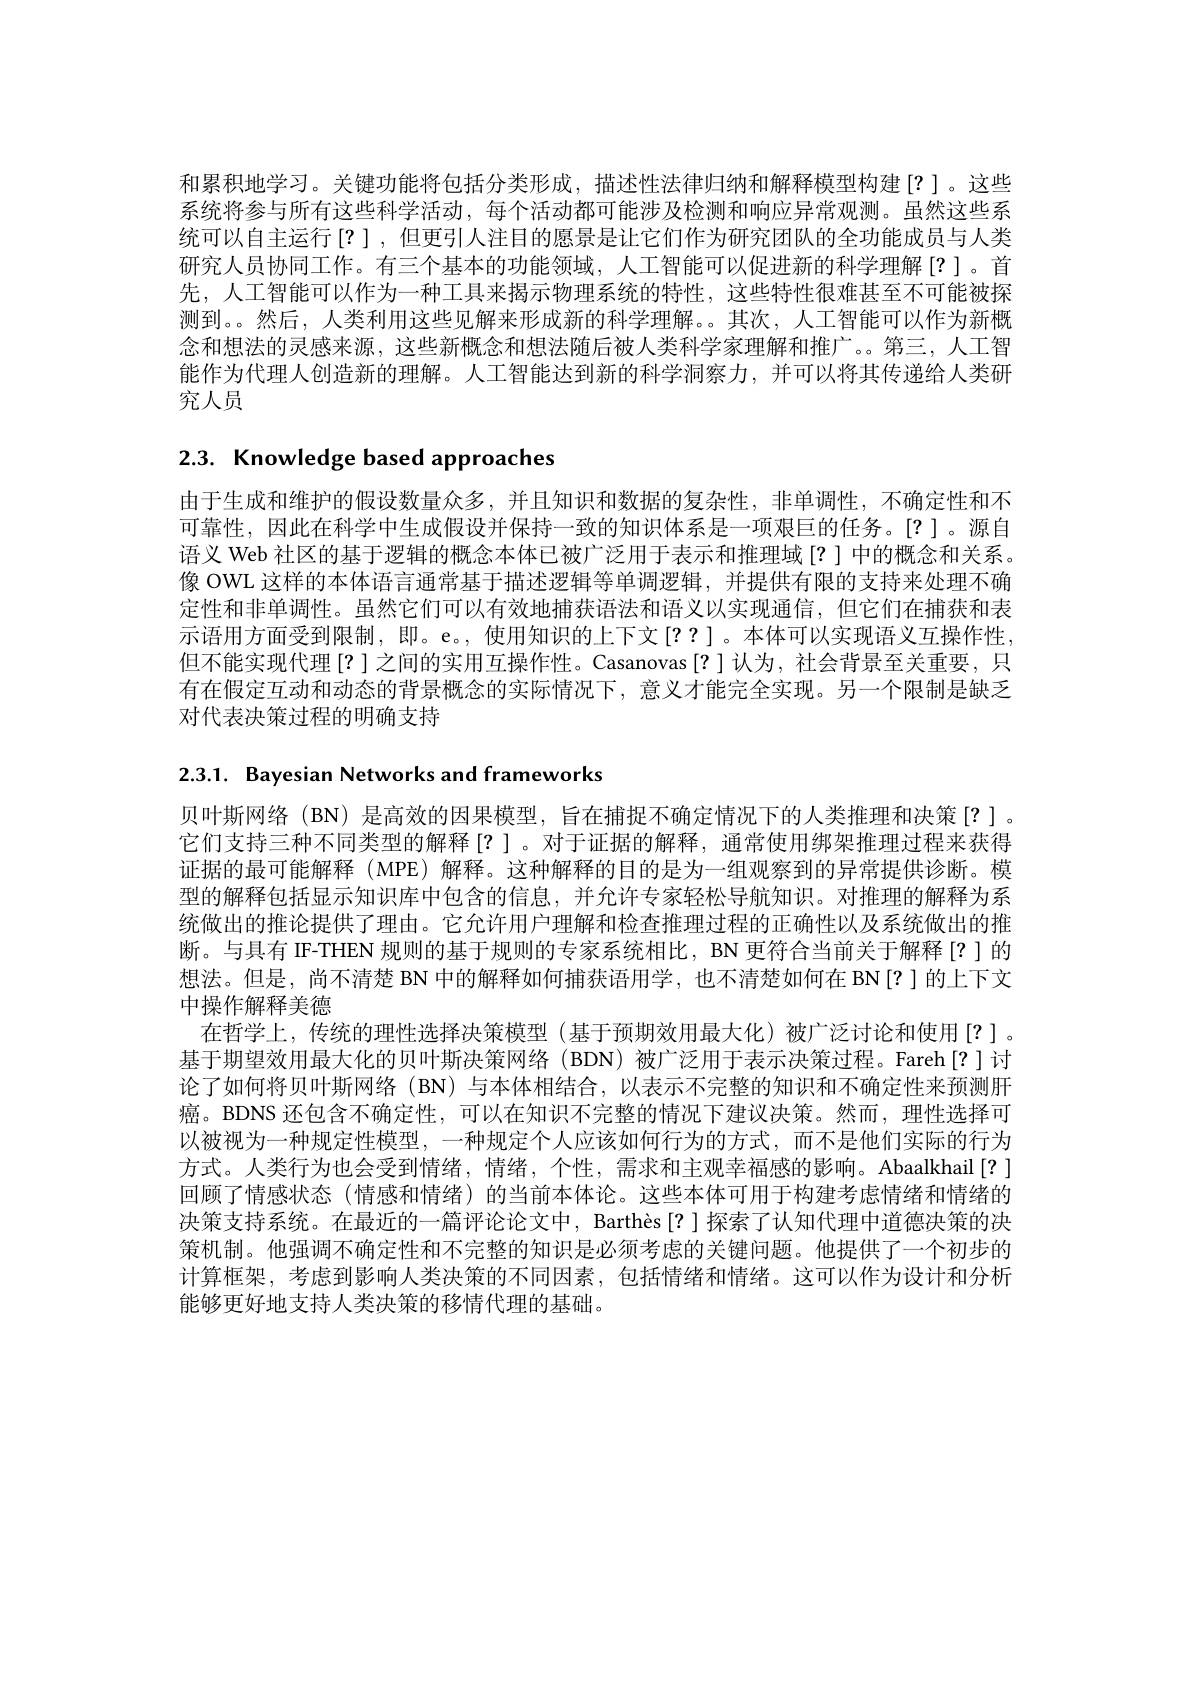
和累积地学习。关键功能将包括分类形成，描述性法律归纳和解释模型构建[?]。这些系统将参与所有这些科学活动，每个活动都可能涉及检测和响应异常观测。虽然这些系统可以自主运行[?],但更引人注目的愿景是让它们作为研究团队的全功能成员与人类研究人员协同工作。有三个基本的功能领域，人工智能可以促进新的科学理解[?]。首先，人工智能可以作为一种工具来揭示物理系统的特性，这些特性很难甚至不可能被探测到。。然后，人类利用这些见解来形成新的科学理解。。其次，人工智能可以作为新概念和想法的灵感来源，这些新概念和想法随后被人类科学家理解和推广。第三，人工智能作为代理人创造新的理解。人工智能达到新的科学洞察力，并可以将其传递给人类研究人员

# 2.3. Knowledge based approaches

由于生成和维护的假设数量众多，并且知识和数据的复杂性，非单调性，不确定性和不可靠性，因此在科学中生成假设并保持一致的知识体系是一项艰巨的任务。[?]。源自语义 Web 社区的基于逻辑的概念本体已被广泛用于表示和推理域[?]中的概念和关系。像 OWL 这样的本体语言通常基于描述逻辑等单调逻辑，并提供有限的支持来处理不确定性和非单调性。虽然它们可以有效地捕获语法和语义以实现通信，但它们在捕获和表示语用方面受到限制，即。e。,使用知识的上下文[??]。本体可以实现语义互操作性。但不能实现代理[?]之间的实用互操作性。Casanovas[?]认为，社会背景至关重要，只有在假定互动和动态的背景概念的实际情况下，意义才能完全实现。另一个限制是缺乏对代表决策过程的明确支持

2.3.1. Bayesian Networks and frameworks

贝叶斯网络(BN) 是高效的因果模型，旨在捕捉不确定情况下的人类推理和决策[?]。它们支持三种不同类型的解释[?]。对于证据的解释，通常使用绑架推理过程来获得证据的最可能解释(MPE)解释。这种解释的目的是为一组观察到的异常提供诊断。模型的解释包括显示知识库中包含的信息，并允许专家轻松导航知识。对推理的解释为系统做出的推论提供了理由。它允许用户理解和检查推理过程的正确性以及系统做出的推断。与具有 IF-THEN 规则的基于规则的专家系统相比，BN 更符合当前关于解释[?]的想法。但是，尚不清楚 BN 中的解释如何捕获语用学，也不清楚如何在 BN[?]的上下文中操作解释美德
在哲学上，传统的理性选择决策模型(基于预期效用最大化)被广泛讨论和使用[?]。基于期望效用最大化的贝叶斯决策网络 (BDN)被广泛用于表示决策过程。Fareh[?]讨论了如何将贝叶斯网络(BN)与本体相结合，以表示不完整的知识和不确定性来预测肝癌。BDNS 还包含不确定性，可以在知识不完整的情况下建议决策。然而，理性选择可以被视为一种规定性模型，一种规定个人应该如何行为的方式，而不是他们实际的行为方式。人类行为也会受到情绪，情绪，个性，需求和主观幸福感的影响。Abaalkhail[?] 回顾了情感状态(情感和情绪)的当前本体论。这些本体可用于构建考虑情绪和情绪的决策支持系统。在最近的一篇评论论文中，Barthès[?] 探索了认知代理中道德决策的决策机制。他强调不确定性和不完整的知识是必须考虑的关键问题。他提供了一个初步的计算框架，考虑到影响人类决策的不同因素，包括情绪和情绪。这可以作为设计和分析能够更好地支持人类决策的移情代理的基础。